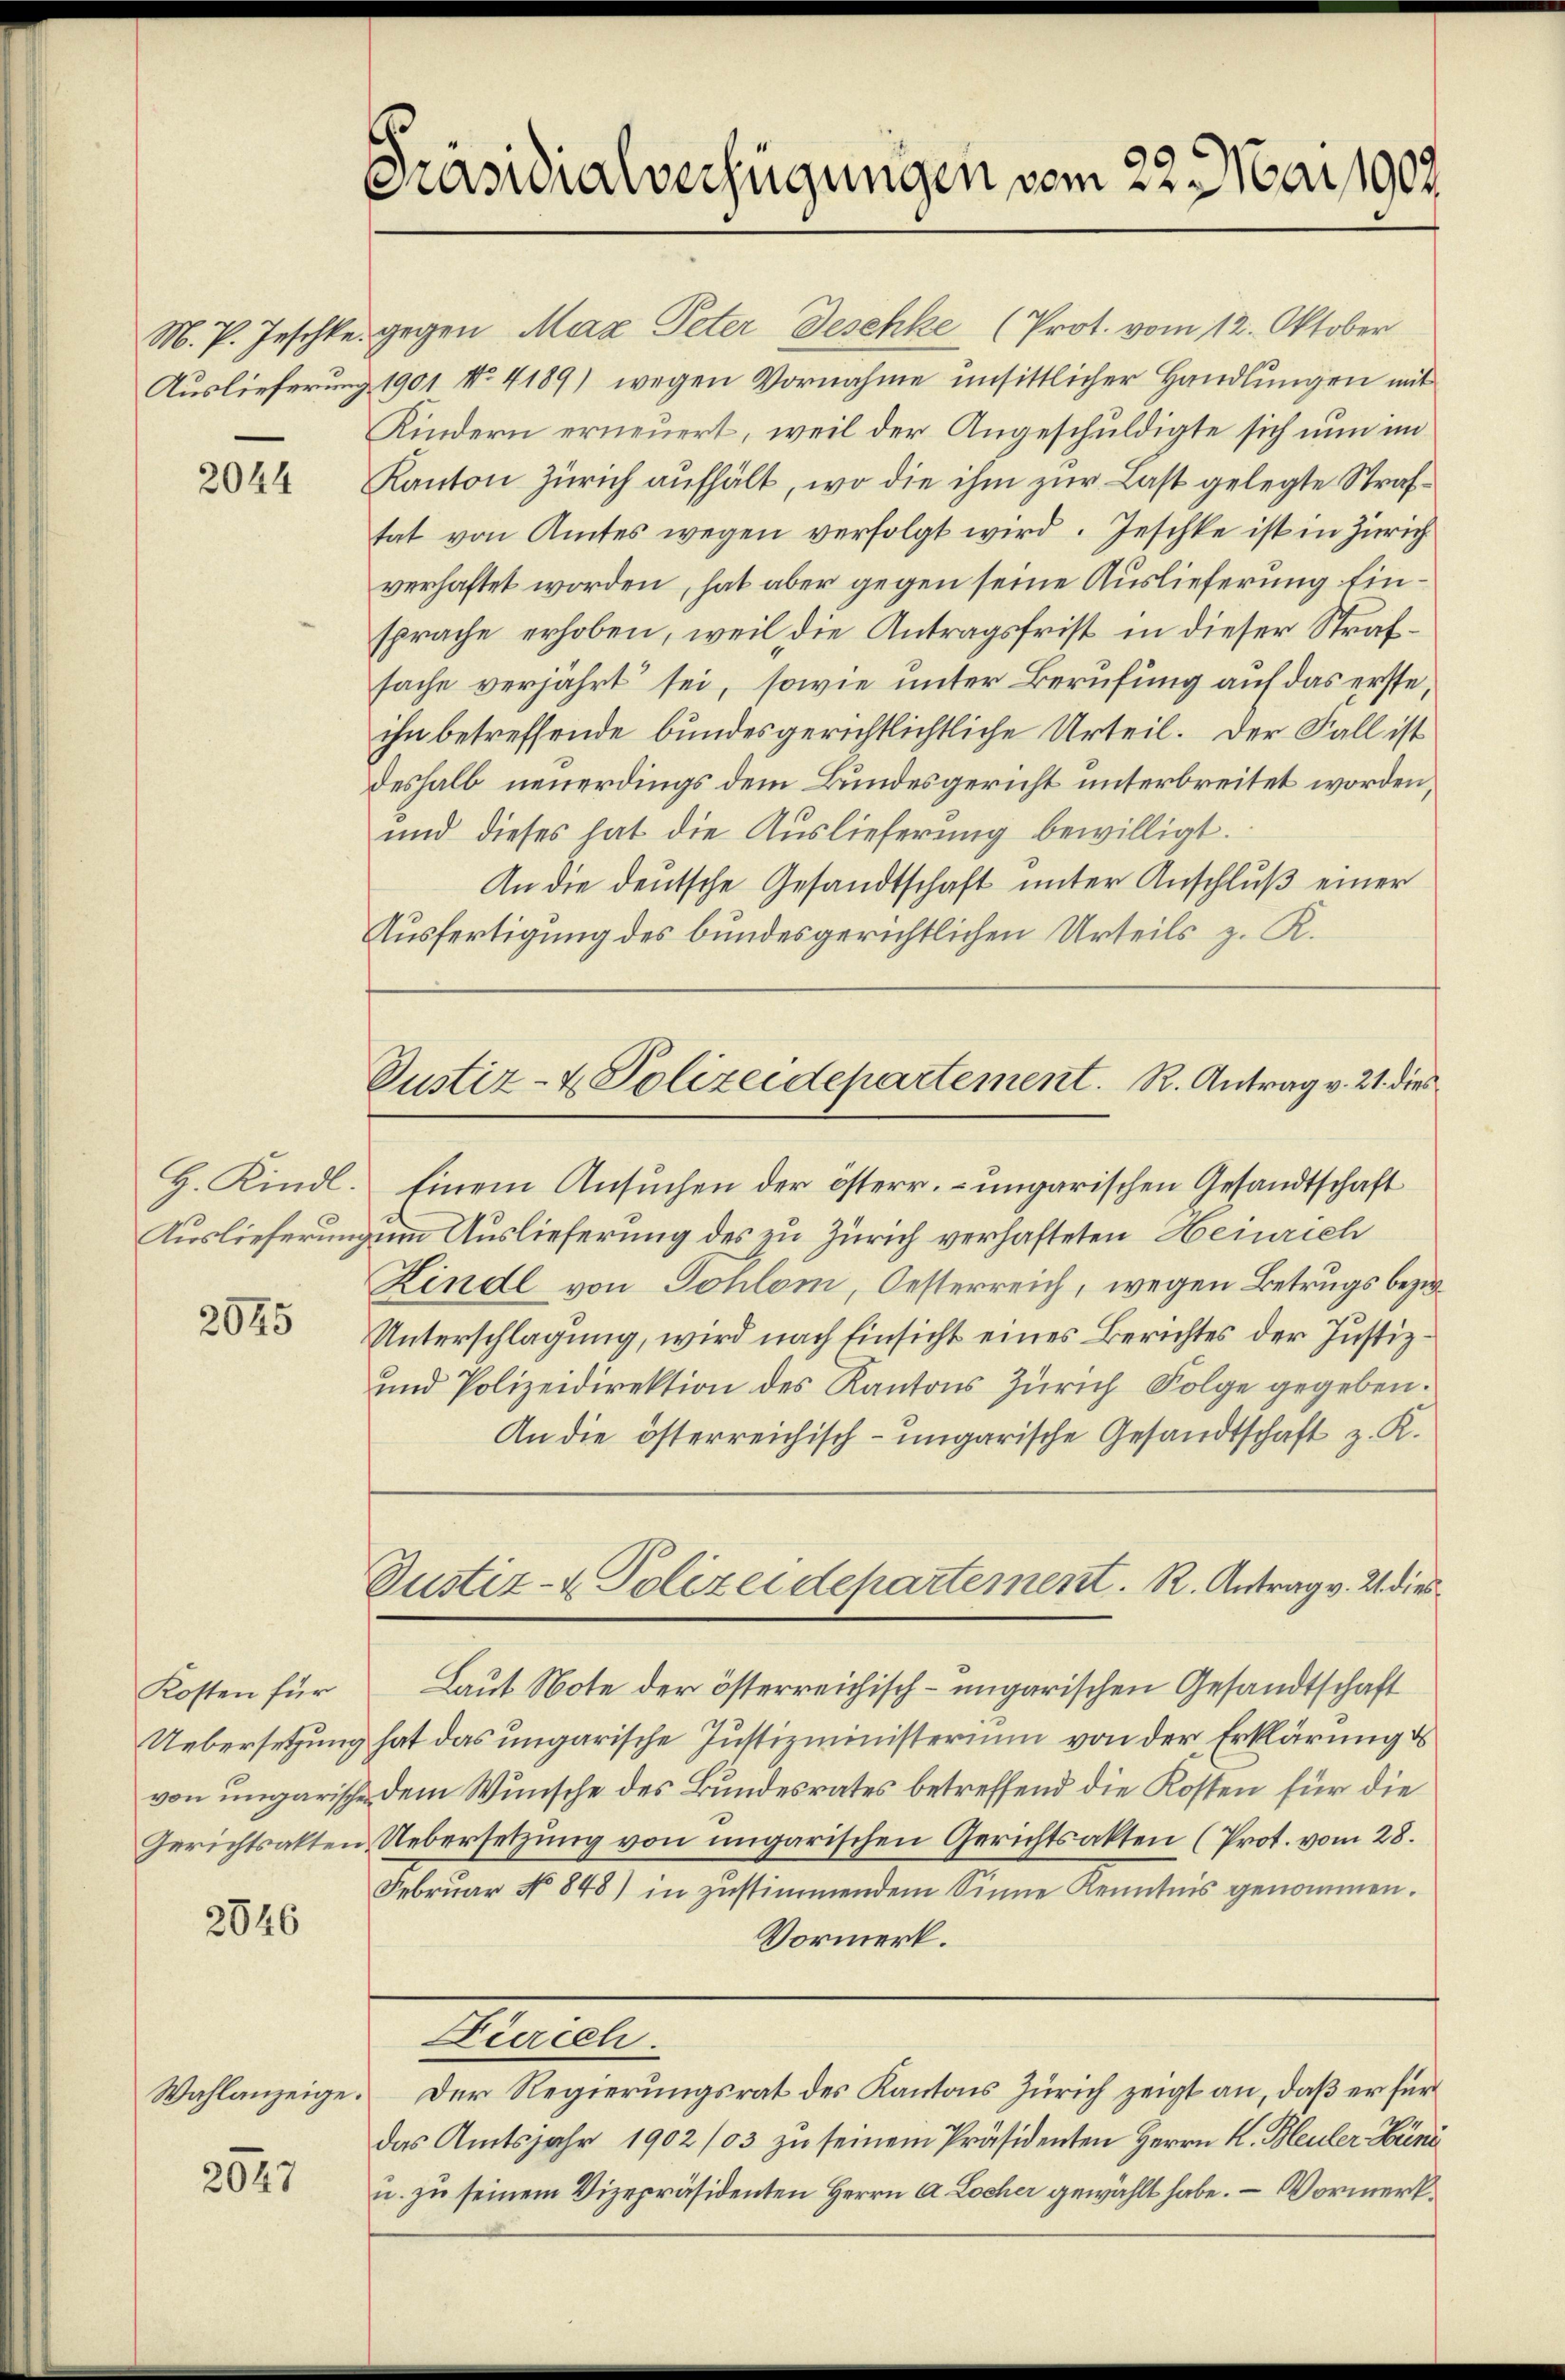
2044

H. Kindl.
Auslieferung

2945

Kosten für

2546

2547

Präsidialverfügungen vom 22. Mai 1903.

Justiz- & Polizeidepartement. R. Antrag v. 21. dies

M. P. Jeschke gegen Max Peter Deschke (Prot. vom 12. Oktober
Auslieferung 1901 No 4189) wegen Vornahme unsittlicher Handlungen mit
Kindern erneuert, weil der Angeschuldigte sich nun im
Kanton Zürich aufhält, wo die ihm zur Last gelegte Straftat von Amtes wegen verfolgt wird. Geschke ist in Zürich
verhaftet worden, hat aber gegen seine Auslieferung Einsprache erhoben, weil die Antragsfrist in dieser Strafsache verjährt sei, sowie unter Berufung auf das erste,
ihn betreffende bundesgerichtlichtliche Urteil. Der Fall ist
deshalb neuerdings dem Bundesgericht unterbreitet worden,
und dieses hat die Auslieferung bewilligt.
An die deutsche Gesandtschaft unter Anschluß einer
Ausfertigung des bundesgerichtlichen Urteils z. K.
Einem Ansuchen der österr. ungarischen Gesandtschaft
zum Auslieferung des zu Zürich verhafteten Heinrich
Zinde von Sohlom, Oesterreich, wegen Betrugs bezir¬
Unterschlagung, wird nach Einsicht eines Berichtes der Justiz¬
und Polizeidirektion des Kantons Zürich Folge gegeben.
An die österreichisch-ungarische Gesandtschaft z. K.
Justiz- & Polizeidepartement. R. Antrag v. 21. dies
Laut Note der österreichisch-ungarischen Gesandtschaft
Uebersetzung hat das ungarische Justizministerium von der Erklärung ds
von ungarische dem Wunsche des Bundesrates betreffend die Kosten für die
Gerichtsakten Uebersetzung von ungarischen Gerichtsakten (Prot. vom 28.
Februar No 848) in zustimmendem Sinne Kenntnis genommen.
Vormerk.
Düercch.
Wahlanzeige. Der Regierungsrat des Kantons Zürich zeigt an, daß er für
das Amtsjahr 1902/03 zu seinem Präsidenten Herrn K. Heuler Hüni
u. zu seinem Vizepräsidenten Herrn A. Locher gewählt habe. — Vormerk¬